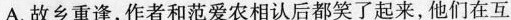
A.故乡重逢，作者和范爱农相认后都笑了起来他们在互